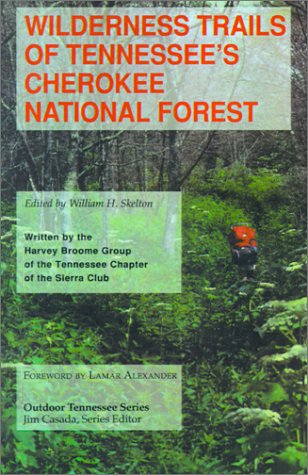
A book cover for Wilderness Trails of Tennessee's Cherokee National Forest (Outdoor Tennessee Series); Harvey Broome Group; Travel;